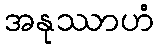
အနုဿာဟံ